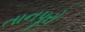
તાનપૂરો